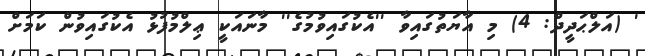
' (އަލްޙަދީދް: 4) މި އާޔަތުގައިވާ ''އެކުގައިވުމުގެ'' މާނައަކީ ޢިލްމުފުޅު އެކުގައިވުން ކަމަށް